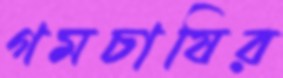
গমচাষির